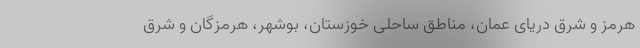
هرمز و شرق دریای عمان، مناطق ساحلی خوزستان، بوشهر، هرمزگان و شرق